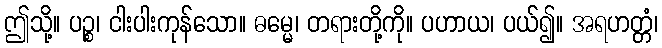
ဤသို့။ ပဉ္စ၊ ငါးပါးကုန်သော။ ဓမ္မေ၊ တရားတို့ကို။ ပဟာယ၊ ပယ်၍။ အရဟတ္တံ၊